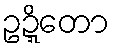
ဥဍ္ဍိတော